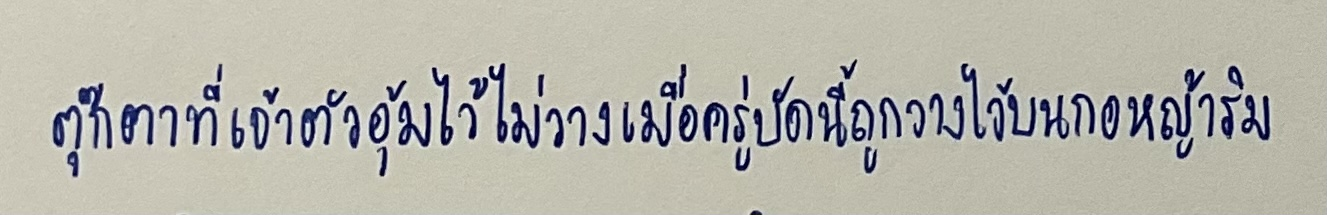
ตุ๊กตาที่เจ้าตัวอุ้มไว้ไม่วางเมื่อครู่บัดนี้ถูกวางไว้บนกอหญ้าริม